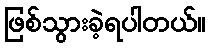
ဖြစ်သွားခဲ့ရပါတယ်။